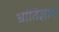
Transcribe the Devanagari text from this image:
भ्रांतिज्ञान